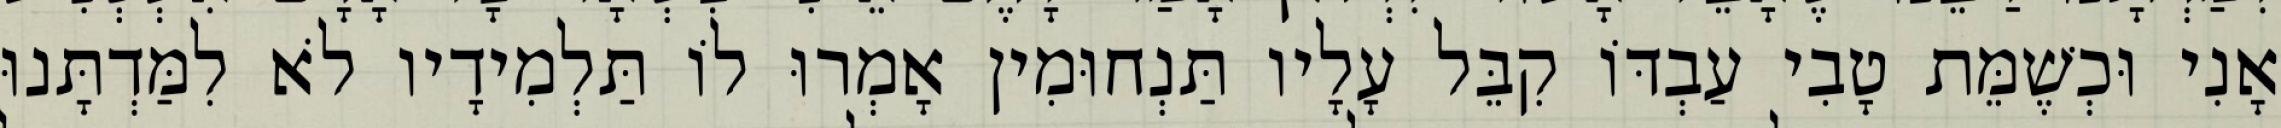
אָנִי וּכְשֶׁמֵּת טָבִי עַבְדּוֹ קִבֵּל עָלָיו תַּנְחוּמִין אָמְרוּ לוֹ תַּלְמִידָיו לֹא לִמַּדְתָּנוּ